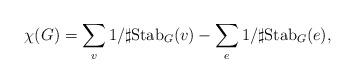
LaTeX: \begin{align*}\chi(G)= \sum_{v} 1/\sharp \mathrm{Stab}_G(v)- \sum_{e} 1/ \sharp \mathrm{Stab}_G(e),\end{align*}